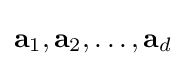
\mathbf {a} _{1},\mathbf {a} _{2},\dots ,\mathbf {a} _{d}